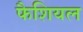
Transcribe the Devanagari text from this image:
फैशियल